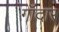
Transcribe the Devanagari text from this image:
गॉदार